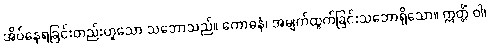
အိပ်နေရခြင်းတည်းဟူသော သဘောသည်။ ကောဓနံ၊ အမျက်ထွက်ခြင်းသဘောရှိသော။ ဣတ္တိံ ဝါ၊